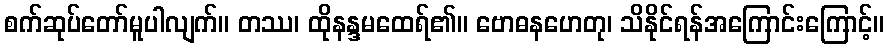
စက်ဆုပ်တော်မူပါလျက်။ တဿ၊ ထိုနန္ဒမထေရ်၏။ ဗောဓနဟေတု၊ သိနိုင်ရန်အကြောင်းကြောင့်။